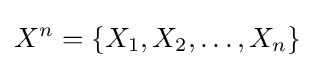
X^{n}=\{X_{1},X_{2},\dots ,X_{n}\}